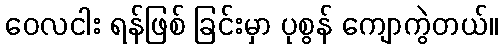
ဝေလငါး ရန်ဖြစ် ခြင်းမှာ ပုစွန် ကျောကွဲတယ်။